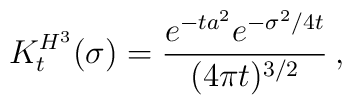
K^{H^3}_t(\sigma)=\frac{e^{-ta^2}e^{-\sigma^2/4t}}{(4\pi t)^{3/2}}\:,\nonumber